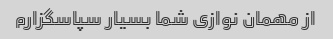
از مهمان نوازی شما بسیار سپاسگزارم